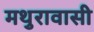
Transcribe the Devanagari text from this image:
मथुरावासी